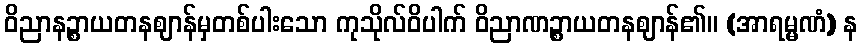
ဝိညာနဉ္စာယတနဈာန်မှတစ်ပါးသော ကုသိုလ်ဝိပါက် ဝိညာဏဉ္စာယတနဈာန်၏။ (အာရမ္မဏံ) န